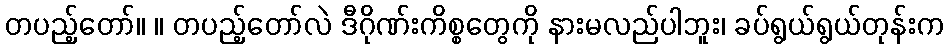
တပည့်တော်။ ။ တပည့်တော်လဲ ဒီဂိုဏ်းကိစ္စတွေကို နားမလည်ပါဘူး၊ ခပ်ရွယ်ရွယ်တုန်းက